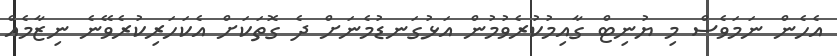
އެހެން ނަމަވެސް މި ޔުނިޓް ގާއިމުކުރެވުމުން އަޅުގަނޑުމެނަށް ދެ ގޮތަކަށް އެކަހަރިކުރެވޭނެ ނިޒާމެއް